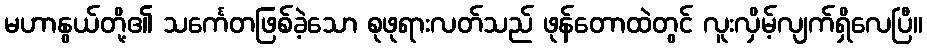
မဟာနွယ်တို့၏ သင်္ကေတဖြစ်ခဲ့သော စုဖုရားလတ်သည် ဖုန်တောထဲတွင် လူးလှိမ့်လျက်ရှိလေပြီ။